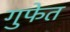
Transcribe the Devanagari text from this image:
गुफेत